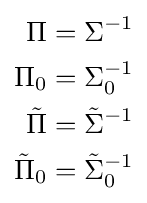
{\begin{aligned}\Pi &=\Sigma ^{-1}\\\Pi _{0}&=\Sigma _{0}^{-1}\\{\tilde {\Pi }}&={\tilde {\Sigma }}^{-1}\\{\tilde {\Pi }}_{0}&={\tilde {\Sigma }}_{0}^{-1}\\\end{aligned}}